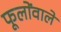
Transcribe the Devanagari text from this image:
फूलोंवाले